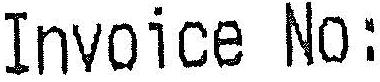
INVOICE NO: